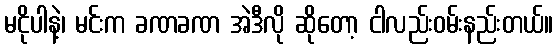
မငိုပါနဲ့၊ မင်းက ခဏခဏ အဲဒီလို ဆိုတော့ ငါလည်းဝမ်းနည်းတယ်။